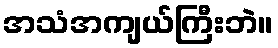
အသံအကျယ်ကြီးဘဲ။